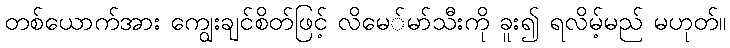
တစ်ယောက်အား ကျွေးချင်စိတ်ဖြင့် လိမေ်မာ်သီးကို ခူး၍ ရလိမ့်မည် မဟုတ်။